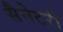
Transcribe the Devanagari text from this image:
सैनेटरी